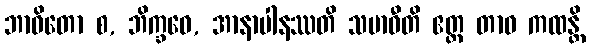
ဘာဝိတော စ, ဘိက္ခဝေ, အာနာပါနဿတိ သမာဓီတိ ဧတ္ထ တာဝ ကထန္တိ